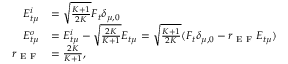
\begin{array} { r l } { E _ { t \mu } ^ { i } } & { = \sqrt { \frac { K + 1 } { 2 K } } F _ { t } \delta _ { \mu , 0 } } \\ { E _ { t \mu } ^ { o } } & { = E _ { t \mu } ^ { i } - \sqrt { \frac { 2 K } { K + 1 } } E _ { t \mu } = \sqrt { \frac { K + 1 } { 2 K } } ( F _ { t } \delta _ { \mu , 0 } - r _ { \textrm { E F } } E _ { t \mu } ) } \\ { r _ { \textrm { E F } } } & { = \frac { 2 K } { K + 1 } , } \end{array}